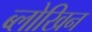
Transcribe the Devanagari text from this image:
ब्लोखिन